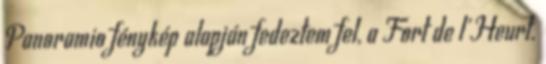
Panoramio fénykép alapján fedeztem fel, a Fort de l'Heurt.